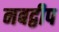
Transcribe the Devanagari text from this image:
नबद्वीप